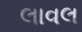
લાવલ